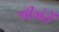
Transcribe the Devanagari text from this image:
श्रीमंतें